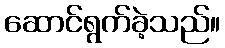
ဆောင်ရွက်ခဲ့သည်။